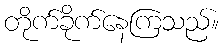
တိုက်ခိုက်နေကြသည်။